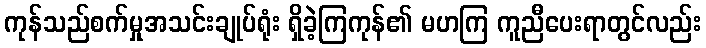
ကုန်သည်စက်မှုအသင်းချုပ်ရုံး ရှိခဲ့ကြကုန်၏ မဟကြ ကူညီပေးရာတွင်လည်း